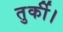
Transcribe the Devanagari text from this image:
तुर्की।